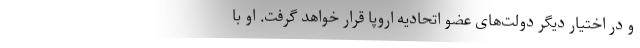
و در اختیار دیگر دولت‌های عضو اتحادیه اروپا قرار خواهد گرفت. او با